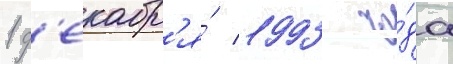
1 д'екабр'я́ 1993 го́да